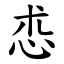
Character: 怷